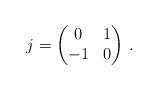
LaTeX: \begin{align*}j=\begin{pmatrix}0 & 1\\-1 & 0\end{pmatrix}\,.\end{align*}